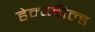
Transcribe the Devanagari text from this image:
हेम्प्फील्ड